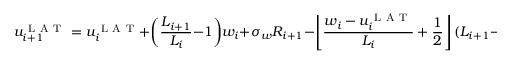
u _ { i + 1 } ^ { \mathrm { ~ L ~ A ~ T ~ } } = u _ { i } ^ { \mathrm { ~ L ~ A ~ T ~ } } + \bigg ( \frac { L _ { i + 1 } } { L _ { i } } - 1 \bigg ) w _ { i } + \sigma _ { w } R _ { i + 1 } - \left\lfloor \frac { w _ { i } - u _ { i } ^ { \mathrm { ~ L ~ A ~ T ~ } } } { L _ { i } } + \frac { 1 } { 2 } \right\rfloor ( L _ { i + 1 } - L _ { i } )